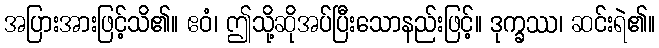
အပြားအားဖြင့်သိ၏။ ဧဝံ၊ ဤသို့ဆိုအပ်ပြီးသောနည်းဖြင့်။ ဒုက္ခဿ၊ ဆင်းရဲ၏။